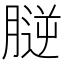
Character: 𦞮